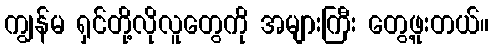
ကျွန်မ ရှင်တို့လိုလူတွေကို အများကြီး တွေ့ဖူးတယ်။